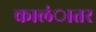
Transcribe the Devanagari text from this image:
कालंातर